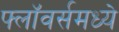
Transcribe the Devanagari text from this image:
फ्लॉवर्समध्ये